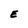
Character: E